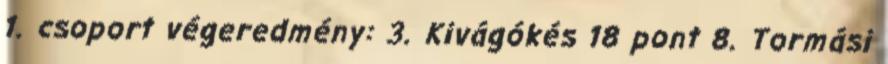
1. csoport végeredmény: 3. Kivágókés 18 pont 8. Tormási